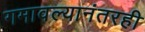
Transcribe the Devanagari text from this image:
गमावल्यानंतरही